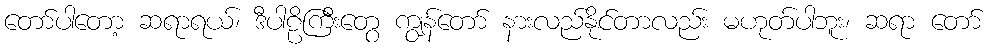
တော်ပါတော့ ဆရာရယ်၊ ဒီပါဠိကြီးတွေ ကျွန်တော် နားလည်နိုင်တာလည်း မဟုတ်ပါဘူး၊ ဆရာ တော်